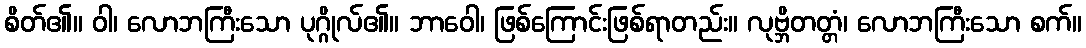
စိတ်၏။ ဝါ၊ လောဘကြီးသော ပုဂ္ဂိုလ်၏။ ဘာဝေါ၊ ဖြစ်ကြောင်းဖြစ်ရာတည်း။ လုဗ္ဘိတတ္တံ၊ လောဘကြီးသော စက်။